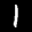
Label: 1